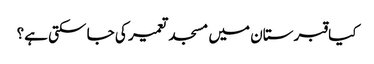
﻿ کیا قبرستان میں مسجد تعمیر کی جا سکتی ہے؟